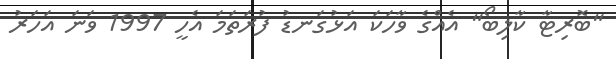
"ބޮރިޓާ ކާލިބޯ" އެއްގެ ވާހަކަ އަޅުގަނޑު ފުރަތަމަ އެހީ 1997 ވަނަ އަހަރު